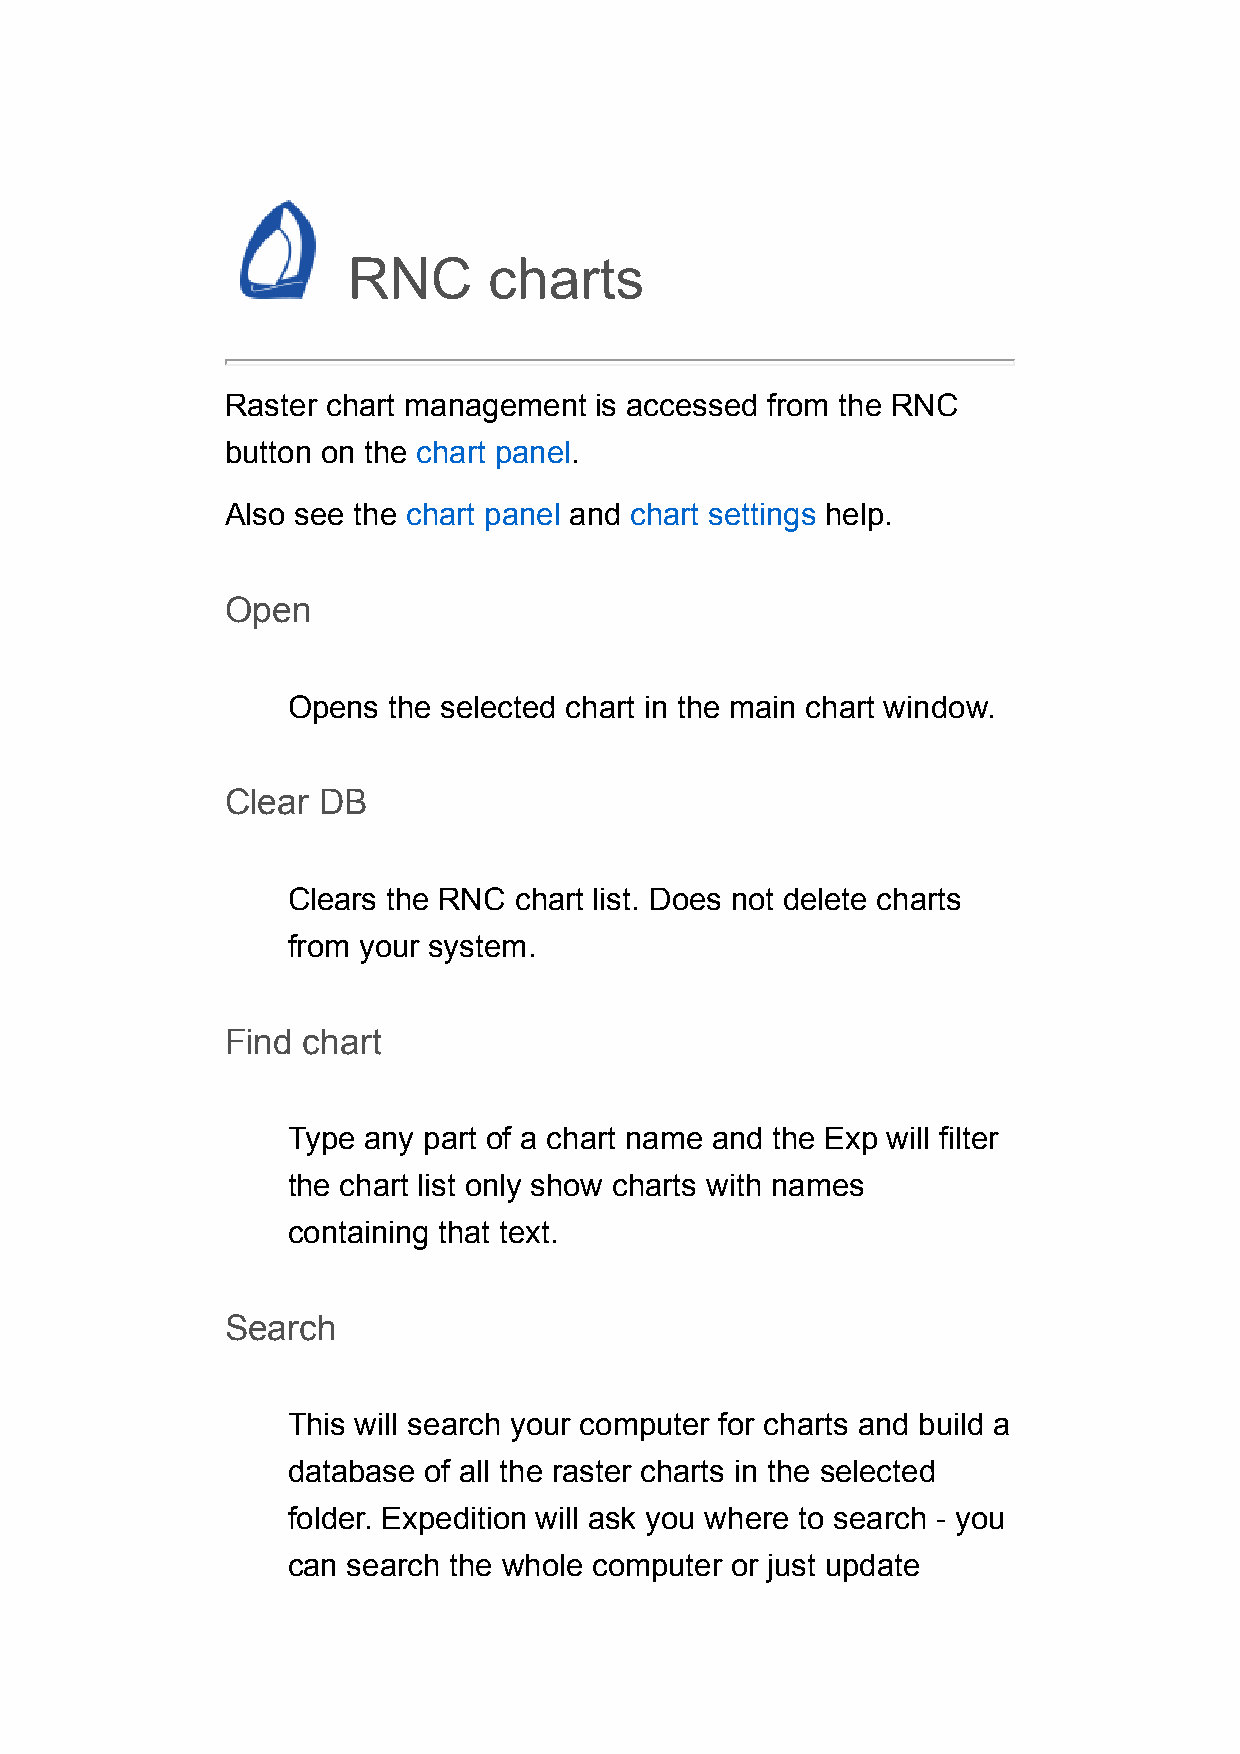
RNC      charts
 Raster chart management is accessed from the RNC
 button on the chart panel.
 Also see the chart panel and chart settings help.
 Open
 Opens  the selected chart in the main chart window.
 Clear DB
 Clears the RNC chart list. Does not delete charts
 from your system.
 Find chart
 Type any part of a chart name and the Exp will filter
 the chart list only show charts with names
 containing that text.
 Search
 This will search your computer for charts and build a
 database of all the raster charts in the selected
 folder. Expedition will ask you where to search - you
 can search the whole computer or just update